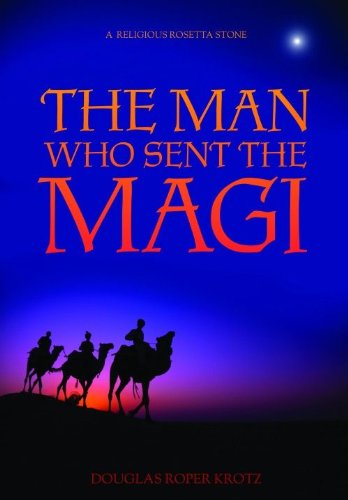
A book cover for The Man Who Sent the Magi; Douglas Roper Krotz; Religion & Spirituality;